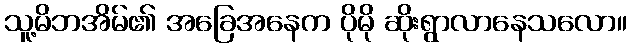
သူ့မိဘအိမ်၏ အခြေအနေက ပိုမို ဆိုးရွာလာနေသလော။